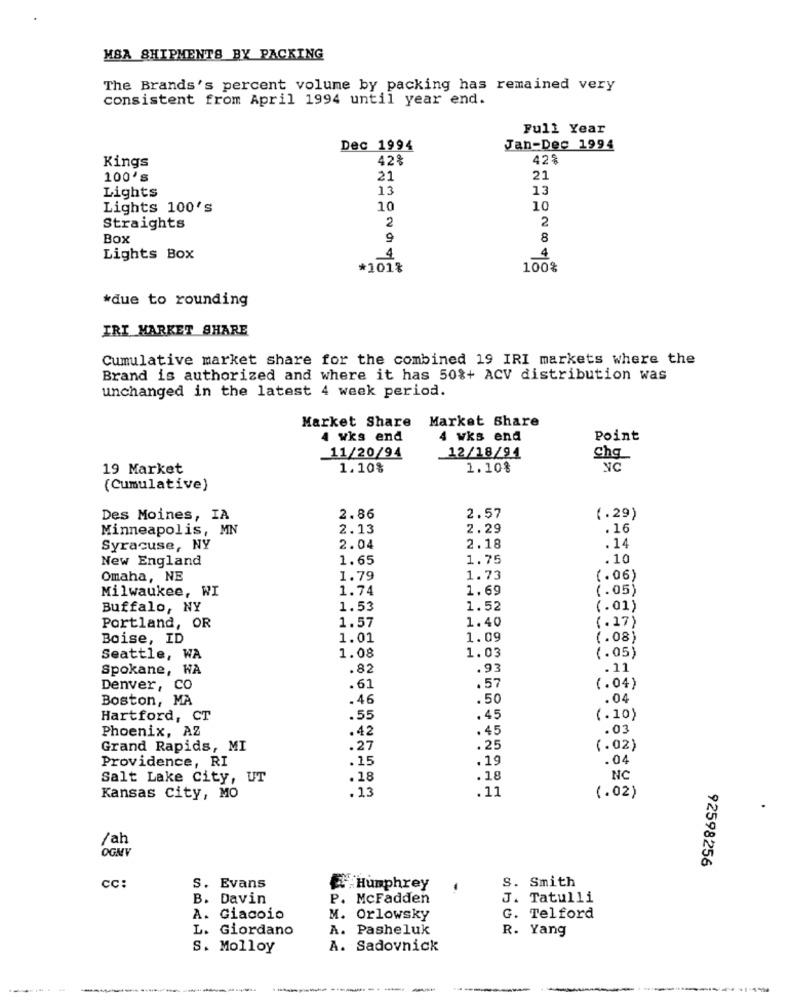
MSA SHIPMENTS BY PACKING
The Brands's percent volume by packing has remained very
consistent from April 1994 until year end.
Full Year
Dec 1994
Jan-Dec 1994
Kings
42%
42%
100's
21
21
13
13
Lights
Lights 100's
10
10
2
Straights
2
Box
9
8
4
Lights Box
4
*101%
100%
*due to rounding
IRI MARKET SHARE
Cumulative market share for the combined 19 IRI markets where the
Brand is authorized and where it has 50%+ ACV distribution was
unchanged in the latest 4 week period.
Market Share Market share
4 wks end
4 wks end
Point
11/20/94
12/18/94
19 Market
1.10%
1.10%
NC
(Cumulative)
Des Moines, IA
2.86
2.57
(.29)
Minneapolis, MN
2.13
2.29
. 16
Syracuse, NY
2.04
2.18
. 14
New England
1.65
1.75
.10
Omaha, NE
1.79
1.73
(.06)
1.74
1.69
(.05)
Milwaukee, WI
Buffalo, NY
1.53
1.52
(.01)
1.57
(.17)
Portland, OR
1.40
Boise, ID
1.01
1.09
(.08)
Seattle, WA
1.08
1.03
(.05)
Spokane, WA
.82
.93
. 11
Denver, co
.61
. 57
(.04)
Boston, MA
.46
.50
.04
Hartford, CT
.55
.45
(.10)
Phoenix, AZ
.42
.45
.03
Grand Rapids, MI
.27
.25
(.02)
Providence, RI
.15
.19
.04
Salt Lake City, UT
.18
.18
NC
.13
.11
Kansas City, MO
(.02)
/ah
OGNV
92598256
S. Smith
CC:
s. Evans
Humphrey
B. Davin
P. McFadden
J. Tatulli
A. Giacoio
M. Orlowsky
G. Telford
L. Giordano
A. Pasheluk
R. Yang
S. Molloy
A. Sadovnick
----